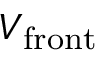
V _ { \mathrm { { f r o n t } } }